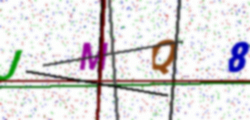
Text: JMQ8